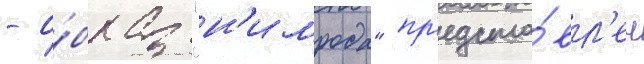
- о́браз "н'имрода" пр'едста́вл'ен